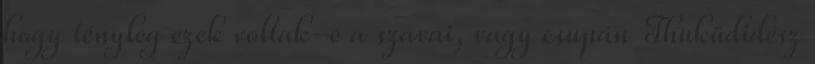
hogy tényleg ezek voltak-e a szavai, vagy csupán Thuküdidész